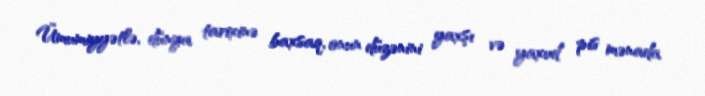
Ümumiyyətlə, dünya tarixinə baxsaq, onun düzənini yaxşı və yaxud pis mənada